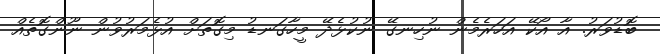
ބޮޑުވަރު. އާ އޯކޭ އަހަރެމެން ނުހިނގޭ ނުކުޅެދޭ މީހާގަނޑު މިގޮތަށް އުޅެމަރުވުން ނޫންގޮތެއް